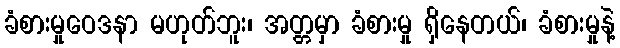
ခံစားမှုဝေဒနာ မဟုတ်ဘူး၊ အတ္တမှာ ခံစားမှု ရှိနေတယ်၊ ခံစားမှုနဲ့